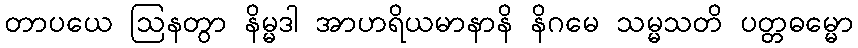
တာပယေ ဩနတွာ နိမ္မဒါ အာဟရိယမာနာနိ နိဂမေ သမ္မသတိ ပတ္တဓမ္မော